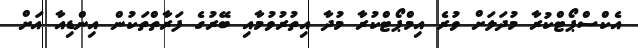
އެކްސްޕޯޓްކުރާ މުދަލަށް ވުރެ އިމްޕޯޓްކުރާ މުދާ އިތުރުވުމާއި ބޭރުގެ ފަރާތްތަކުން އިންޑިއާ އަށް